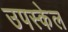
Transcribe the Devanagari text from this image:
उपस्केल